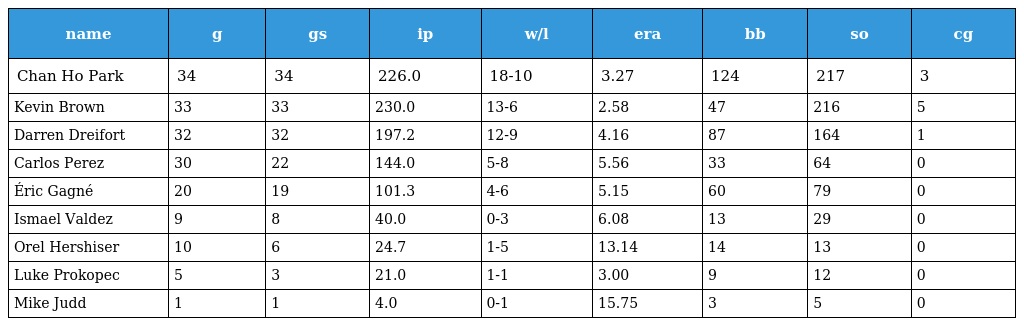
| name | g | gs | ip | w/l | era | bb | so | cg |
 | --- | --- | --- | --- | --- | --- | --- | --- | --- |
 | Chan Ho Park | 34 | 34 | 226.0 | 18-10 | 3.27 | 124 | 217 | 3 |
 | Kevin Brown | 33 | 33 | 230.0 | 13-6 | 2.58 | 47 | 216 | 5 |
 | Darren Dreifort | 32 | 32 | 197.2 | 12-9 | 4.16 | 87 | 164 | 1 |
 | Carlos Perez | 30 | 22 | 144.0 | 5-8 | 5.56 | 33 | 64 | 0 |
 | Éric Gagné | 20 | 19 | 101.3 | 4-6 | 5.15 | 60 | 79 | 0 |
 | Ismael Valdez | 9 | 8 | 40.0 | 0-3 | 6.08 | 13 | 29 | 0 |
 | Orel Hershiser | 10 | 6 | 24.7 | 1-5 | 13.14 | 14 | 13 | 0 |
 | Luke Prokopec | 5 | 3 | 21.0 | 1-1 | 3.00 | 9 | 12 | 0 |
 | Mike Judd | 1 | 1 | 4.0 | 0-1 | 15.75 | 3 | 5 | 0 |